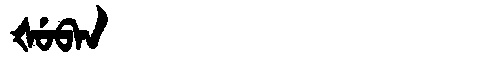
Manchu: ᡧᡠᠪᠠᠨ
Romanization: ŠUBAN